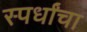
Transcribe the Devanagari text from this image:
स्पर्धांंचा